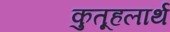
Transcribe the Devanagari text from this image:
कुतूहलार्थ